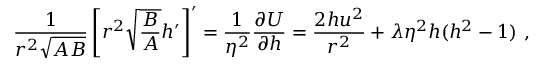
\frac 1 { r ^ { 2 } \sqrt { A B } } \left[ r ^ { 2 } \sqrt { \frac B A } h ^ { \prime } \right] ^ { \prime } = \frac 1 { \eta ^ { 2 } } \frac { \partial { \cal U } } { \partial h } = \frac { 2 h u ^ { 2 } } { r ^ { 2 } } + \lambda \eta ^ { 2 } h ( h ^ { 2 } - 1 ) \ ,